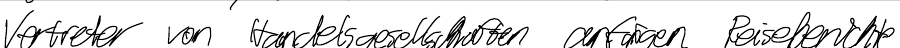
Vertreter von Handelsgesellschaften anfingen Reiseberichte